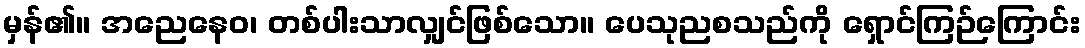
မှန်၏။ အညေနေဝ၊ တစ်ပါးသာလျှင်ဖြစ်သော။ ပေသုညစသည်ကို ရှောင်ကြဉ်ကြောင်း